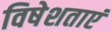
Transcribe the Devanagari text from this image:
विषेशताएं